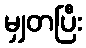
မျှတပြီး